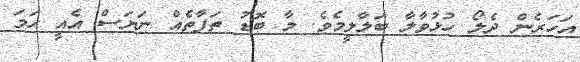
އަހަރެން ދެލޯ ހުޅުވާލާ ބަލާލީމެވެ. މާ ބޮޑު ތަފާތެއް ނަޔަސް އެއީ ހަމަ